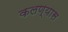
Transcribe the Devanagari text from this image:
कलण्यास